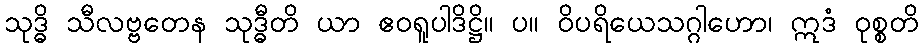
သုဒ္ဓိ သီလဗ္ဗတေန သုဒ္ဓီတိ ယာ ဧဝရူပါဒိဋ္ဌိ။ ပ။ ဝိပရိယေသဂ္ဂါဟော၊ ဣဒံ ဝုစ္စတိ